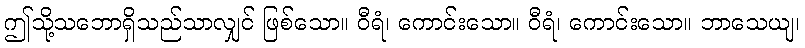
ဤသို့သဘောရှိသည်သာလျှင် ဖြစ်သော။ ဝီရံ၊ ကောင်းသော။ ဝီရံ၊ ကောင်းသော။ ဘာသေယျ၊